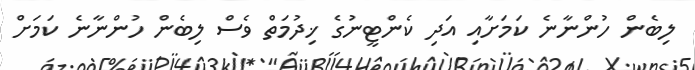
ލިބެން ހުންނާނެ ކަމަށާއި އަދި ކެންޓީނުގެ ޚިދުމަތް ވެސް ލިބެން ހުންނާނެ ކަމަށް